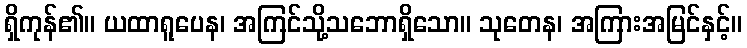
ရှိကုန်၏။ ယထာရူပေန၊ အကြင်သို့သဘောရှိသော။ သုတေန၊ အကြားအမြင်နှင့်။